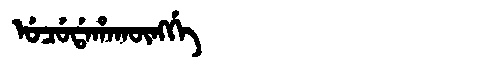
Manchu: ᡠᠴᡠᡩᠠᡥᠠᡴᡡᠩᡤᡝ
Romanization: UCUDAHAKŪNGGE